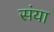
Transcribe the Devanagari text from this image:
संया